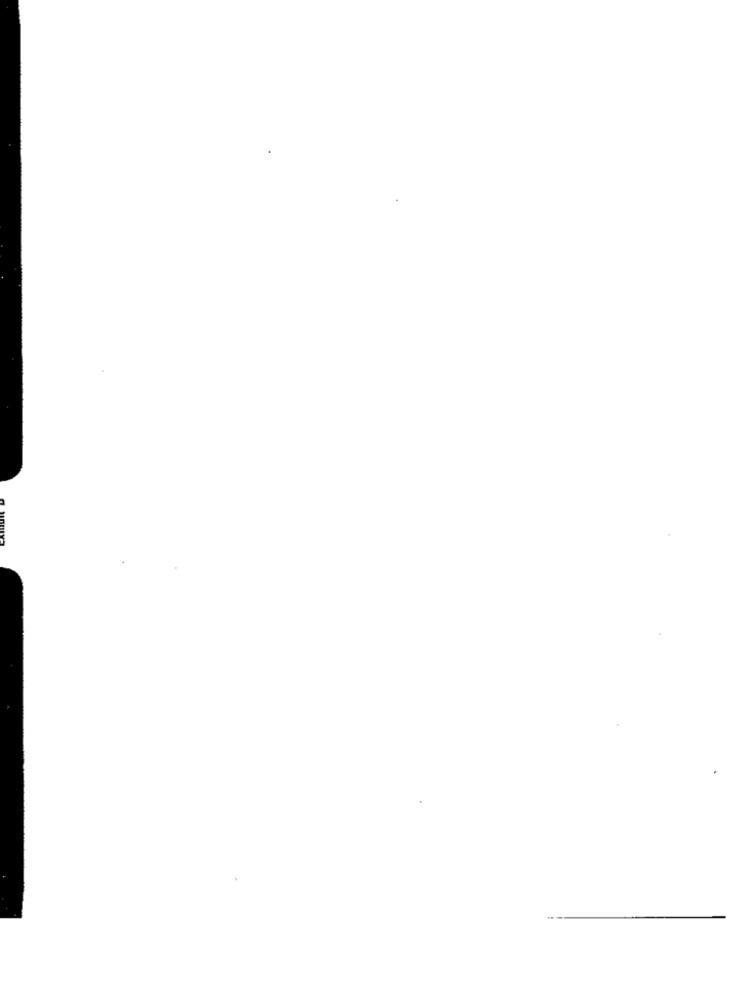
CAIRO